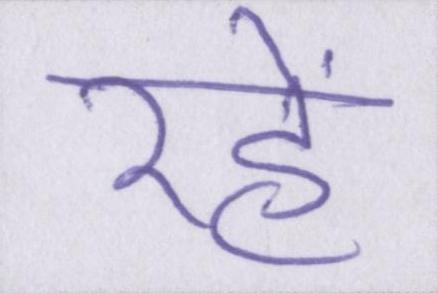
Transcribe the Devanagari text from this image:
रहें